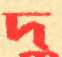
দু